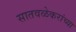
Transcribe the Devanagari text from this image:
सातवळेकरांच्या